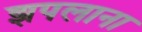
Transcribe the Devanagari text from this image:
झपलाना